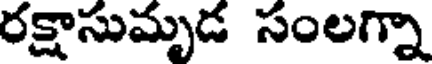
రక్షాసుమృడ సంలగ్నా